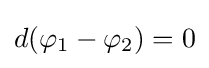
d(\varphi _{1}-\varphi _{2})=0